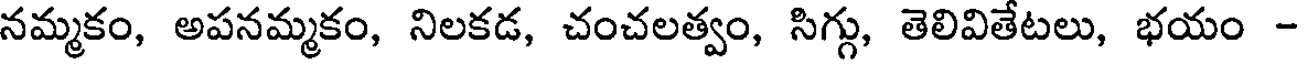
నమ్మకం, అపనమ్మకం, నిలకడ, చంచలత్వం, సిగ్గు, తెలివితేటలు, భయం -